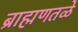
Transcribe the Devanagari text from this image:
ब्राह्मणतळे